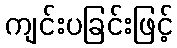
ကျင်းပခြင်းဖြင့်